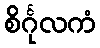
စိင်္ဂုလကံ